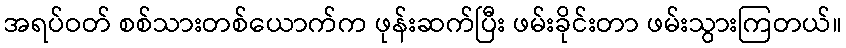
အရပ်ဝတ် စစ်သားတစ်ယောက်က ဖုန်းဆက်ပြီး ဖမ်းခိုင်းတာ ဖမ်းသွားကြတယ်။